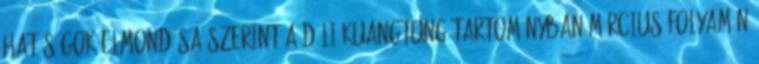
hatóságok elmondása szerint a déli Kuangtung tartományban március folyamán